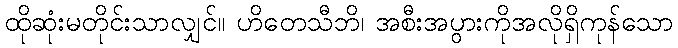
ထိုဆုံးမတိုင်းသာလျှင်။ ဟိတေသီဘိ၊ အစီးအပွားကိုအလိုရှိကုန်သော